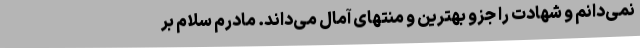
نمی‌دانم و شهادت را جزو بهترین و منتهای آمال می‌داند. مادرم سلام بر